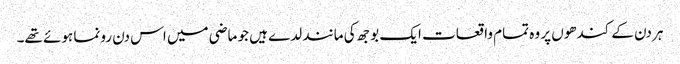
ہر دن کے کندھوں پر وہ تمام واقعات ایک بوجھ کی مانند لدے ہیں جو ماضی میں اس دن رونما ہوئے تھے۔